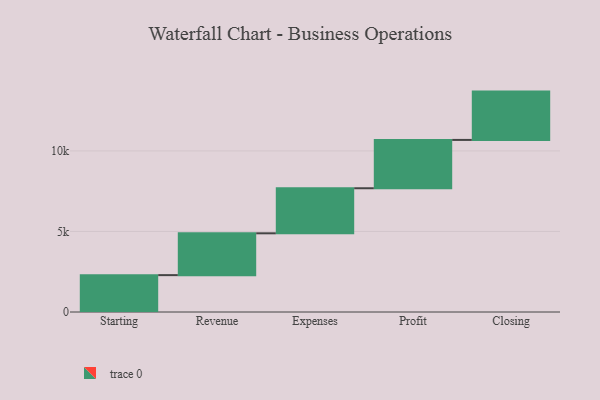
{"axis": {"x": "Step", "y": "Value"}, "legend": [""], "data": [{"x": "Starting", "y": 2289.0, "type": ""}, {"x": "Revenue", "y": 2596.0, "type": ""}, {"x": "Expenses", "y": 2798.0, "type": ""}, {"x": "Profit", "y": 3000, "type": ""}, {"x": "Closing", "y": 3000, "type": ""}]}